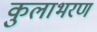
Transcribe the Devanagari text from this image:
कुलाभरण